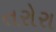
તરોરા